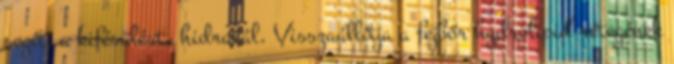
segíti a kifésülést, hidratál. Visszaállítja a fejbőr hydrolipid rétegének